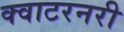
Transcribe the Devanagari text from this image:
क्वाटरनरी